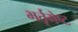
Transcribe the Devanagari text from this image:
भर्तृमेष्ट